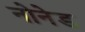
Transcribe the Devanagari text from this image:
नोनेड